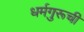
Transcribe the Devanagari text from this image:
धर्मगुरूची